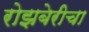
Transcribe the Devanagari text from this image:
रोझबेरीचा